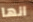
انها